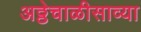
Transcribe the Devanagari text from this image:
अठ्ठेचाळीसाव्या